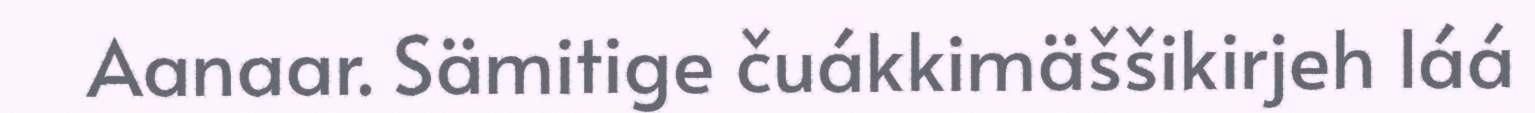
Aanaar. Sämitige čuákkimäššikirjeh láá